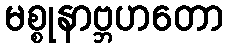
မစ္စုနာဗ္ဘဟတော